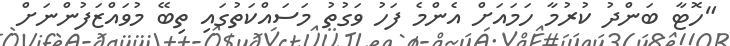
"ހޮޓާ ބަންދު ކުރުމާ ހަމައަށް އެންމެ ފަހު ވަގުތު މަސައްކަތުގައި ތިބޭ މުވައްޒަފުންނަށް